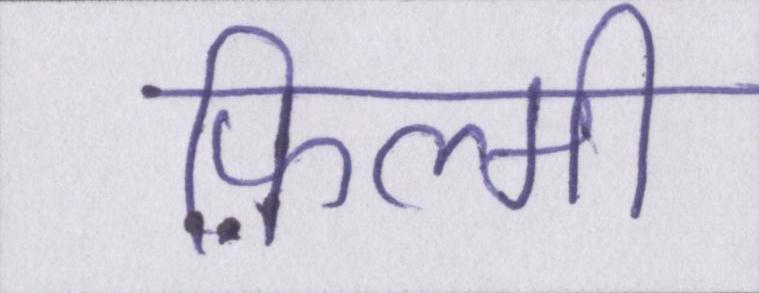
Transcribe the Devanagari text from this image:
फ़िल्मी